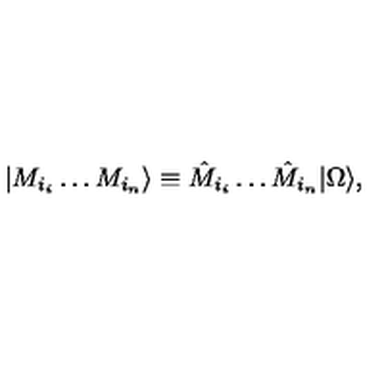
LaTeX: | M _ { i _ { i } } \dots M _ { i _ { n } } \rangle \equiv \hat { M } _ { i _ { i } } \dots \hat { M } _ { i _ { n } } | \Omega \rangle ,